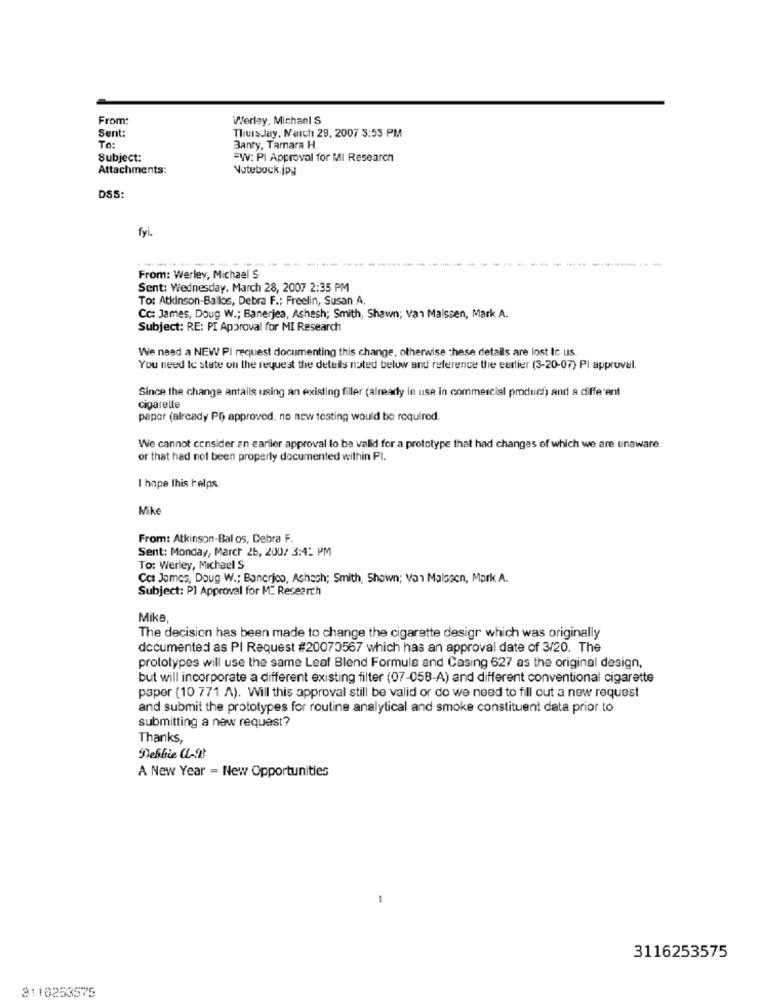
From:
Werlay. Michael S
Sent:
Thursday, March 29, 2007 3:53 PM
To:
Banty, Tamara H.
Subject:
=W: PI Approval for MI Research
Attachments:
Votebock.jpg
DSS:
fyi.
-----
From: Werley, Michael S
Sent: Wednesday, March 28, 2007 2:35 PM
To: Atkinson-Ballos, Debra F .; Freelin, Susan A.
Cc: James, Doug W .; Banerjea, Ashesh; Smith, Shawn; Van Maissen, Mark A.
Subject: RE: PI Approval for MI Research
We need a NEW PI request documenting this change, otherwise these details are lost to us
You need to state on the request the details noted below and reference the earlier (3-20-07) Pl approval.
Since the change antails using an existing filler (already in use in commercial product) and a different
cigarelle
paper (already PD) approved. no new testing would be required.
We cannot consider an earlier approval lo be valid for a prototype that had changes of which we are unaware
or that had not been properly documented within Pl.
I hope this helps
Mike
From: Atkinson-Bal os, Debra F.
Sent: Monday, March 26, 200/ 3:42 PM
To: Werley, Michael S
Cc: James, Doug W .; Bancrico, Ashash; Smith, Shown; Var Maissen, Mark A.
Subject: Pl Approval for M. Research
Mike
The decision has been made to change the cigarette desigr which was originally
documented as PI Request #20070567 which has an approval date of 3/20. The
prototypes will use the same Leaf Blend Formule and Casing 627 as the original design,
but will incorporate a different existing filter (07-058-A) and different conventional cigarette
paper (10 771 A). Will this approval still be valid or do we need to fill out a new request
and submit the prototypes for routine analytical and smoke constituent data prior to
submitting a new request?
Thanks,
Debbie CL-B
A New Year = New Opportunities
-
3116253575
3110253575